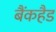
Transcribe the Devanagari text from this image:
बैंकहैड